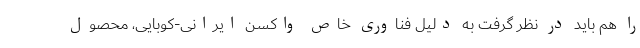
را هم باید در نظر گرفت به دلیل فناوری خاص واکسن ایرانی-کوبایی، محصول